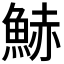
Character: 𩷧